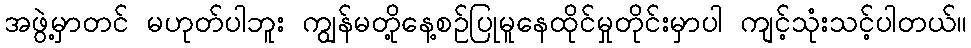
အဖွဲ့မှာတင် မဟုတ်ပါဘူး ကျွန်မတို့နေ့စဉ်ပြုမူနေထိုင်မှုတိုင်းမှာပါ ကျင့်သုံးသင့်ပါတယ်။